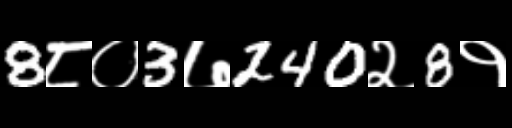
Text: 8८०3७240२8१